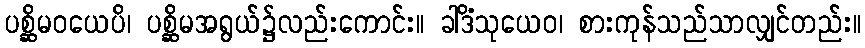
ပစ္ဆိမဝယေပိ၊ ပစ္ဆိမအရွယ်၌လည်းကောင်း။ ခါဒိံသုယေဝ၊ စားကုန်သည်သာလျှင်တည်း။